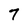
Character: 7